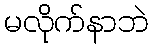
မလိုက်နာဘဲ